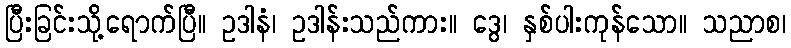
ပြီးခြင်းသို့ရောက်ပြီ။ ဥဒါနံ၊ ဥဒါန်းသည်ကား။ ဒွေ၊ နှစ်ပါးကုန်သော။ သညာစ၊